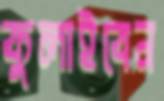
কুলাইবেন